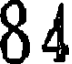
84